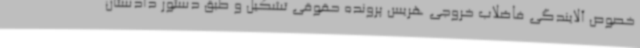
خصوص آلایندگی فاضلاب خروجی هریس پرونده حقوقی تشکیل و طبق دستور دادستان